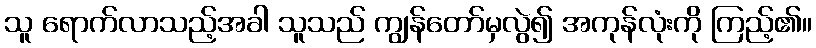
သူ ရောက်လာသည့်အခါ သူသည် ကျွန်တော်မှလွဲ၍ အကုန်လုံးကို ကြည့်၏။